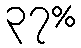
၃၇%